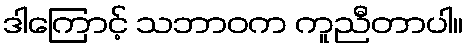
ဒါကြောင့် သဘာဝက ကူညီတာပါ။